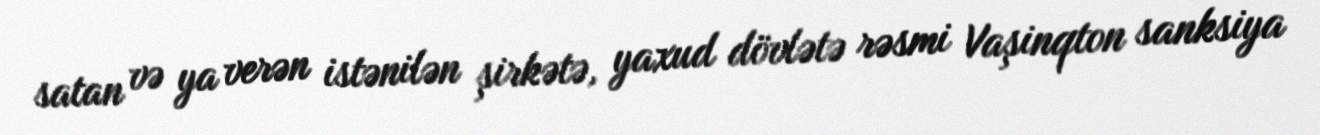
satan və ya verən istənilən şirkətə, yaxud dövlətə rəsmi Vaşinqton sanksiya